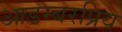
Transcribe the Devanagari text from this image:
आडम्बरप्रिय